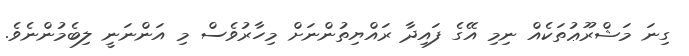
ގިނަ މަޝްރޫޢުތަކެއް ނިމި އޭގެ ފައިދާ ރައްޔިތުންނަށް މިހާރުވެސް މި އަންނަނީ ލިބެމުންނެވެ.